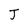
Character: J